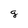
Character: 9